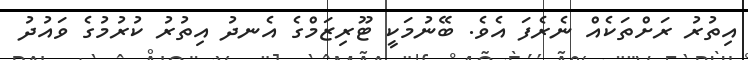
އިތުރު ރަށްތަކެއް ނެރެފަ އެވެ. ބޭނުމަކީ ޓޫރިޒަމްގެ އެނދު އިތުރު ކުރުމުގެ ވައުދު